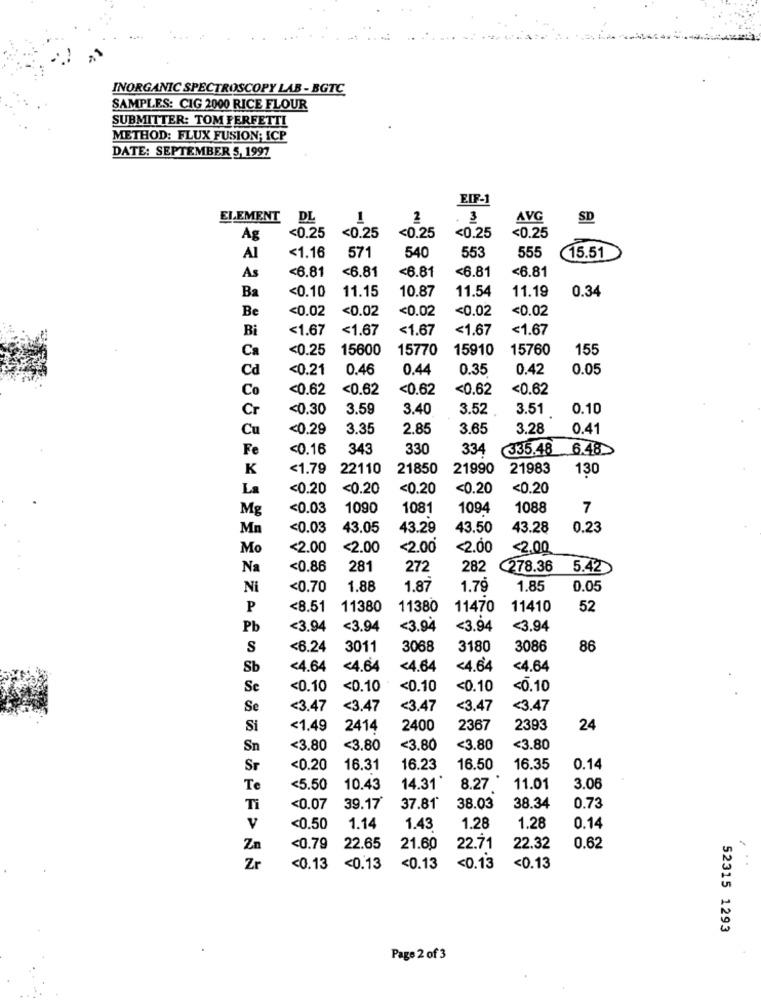
INORGANIC SPECTROSCOPY LAB -BGTC.
SAMPLES: CIG 2000 RICE FLOUR
SUBMITTER: TOM FERFETTI
METHOD: FLUX FUSION; ICP
DATE: SEPTEMBER 5, 1997
EIF-1
ELEMENT
DL
1
2
. 3
AVG
SD
<0.25
Ag
<0.25
<0.25
<0.25
<0.25
571
Al
<1.16
540
553
555
15.51
<6.81
<6.81
<6.81
<6.81
<6.81
As
<0.10
10.87
11.19
0.34
Ba
11.15
11.54
Be
<0.02
<0.02
<0.02
<0.02
<0.02
Bi
<1.67
<1.67
<1.67
<1.67
<1.67
Ca
<0.25
15600
15770
15910
15760
155
Cd
<0.21
0.46
0.44
0.35
0.42
0.05
Co
<0.62
<0.62
<0.62
<0.62
<0.62
Cr
<0.30
3.59
3.40
3.52
3.51
0.10
Cu
<0.29
3.35
2.85
3.65
3.28
0.41
Fe
<0.16
343
330
334
335.48
6.48
K
<1.79
22110
21850
21990
21983
130
La
<0.20
<0.20
<0.20
<0.20
<0.20
Mg
<0.03
1090
1081
1094
1088
7
Mn
<0.03
43.05
43.29
43.50
43.28
0.23
Mo
<2.00
<2.00
<2.00
<2.00
<2.00
Na
<0.86
281
272
282
278.36
5.42
Ni
<0.70
1.88
1.87
1.79
1.85
0.05
P
<8.51
11380
11380
11470
11410
52
Pb
<3.94
<3.94
<3.94
<3.94
<3.94
S
<6.24
3011
3068
3180
3086
86
Sb
<4.64
<4.64
<4.64
<4.64
<4.64
Se
<0.10
<0.10
<0.10
<0.10
<0.10
Se
<3.47
<3.47
<3.47
<3.47
<3.47
Si
<1.49
2414
2400
2367
2393
24
Sn
<3.80
<3.80
<3.80
<3.80
<3.80
Sr
<0.20
16.31
16.23
16.50
16.35
0.14
Te
<5.50
10.43
14.31
8.27
11.01
3.06
Ti
<0.07
39.17
37.81*
38.03
38.34
0.73
v
<0.50
1.14
1.43
1.28
1.28
0.14
Za
<0.79
22.65
21.60
22.71
22.32
0.62
Zr
<0.13
<0.13
<0.13
<0.13
<0.13
52315 1293
Page 2 of 3